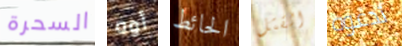
السحرة أوه الحائط القتل تدعوه